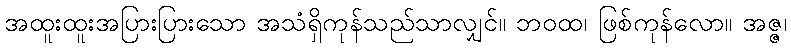
အထူးထူးအပြားပြားသော အသံရှိကုန်သည်သာလျှင်။ ဘဝထ၊ ဖြစ်ကုန်လော။ အဇ္ဇ၊